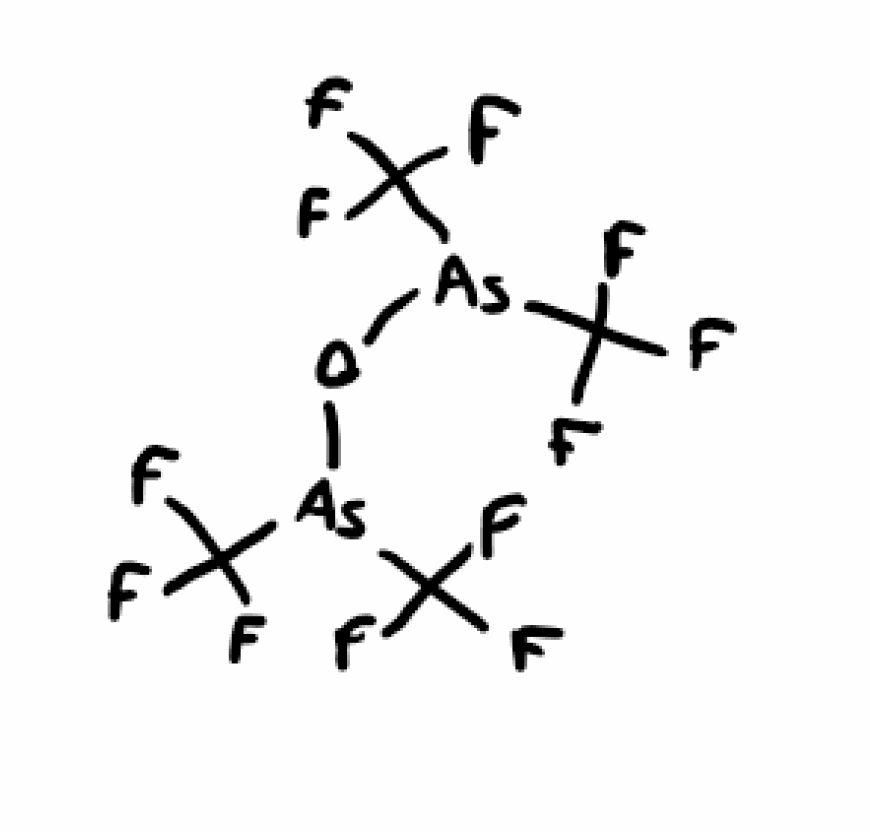
Simplified molecular-input line-entry system (SMILES) notation of the given molecule:
C(F)(F)(F)[As](C(F)(F)F)O[As](C(F)(F)F)C(F)(F)F